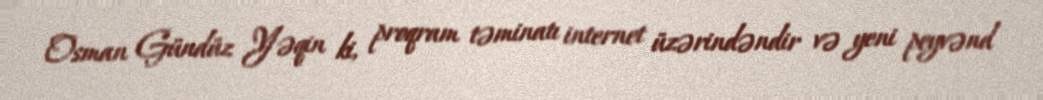
Osman Gündüz Yəqin ki, proqram təminatı internet üzərindəndir və yeni peyvənd